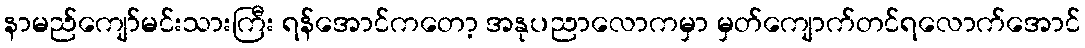
နာမည်ကျော်မင်းသားကြီး ရန်အောင်ကတော့ အနုပညာလောကမှာ မှတ်ကျောက်တင်ရလောက်အောင်